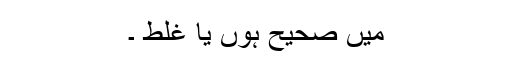
میں صحیح ہوں یا غلط ۔